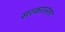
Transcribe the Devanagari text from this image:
सरकारनंतर